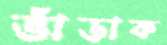
ভাঁড়াক